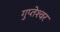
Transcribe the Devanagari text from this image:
गुप्तेश्‍वर